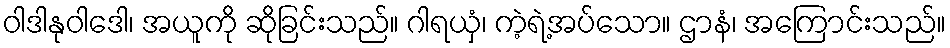
ဝါဒါနုဝါဒေါ၊ အယူကို ဆိုခြင်းသည်။ ဂါရယှံ၊ ကဲ့ရဲ့အပ်သော။ ဌာနံ၊ အကြောင်းသည်။